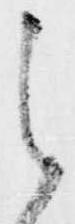
之